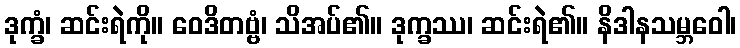
ဒုက္ခံ၊ ဆင်းရဲကို။ ဝေဒိတဗ္ဗံ၊ သိအပ်၏။ ဒုက္ခဿ၊ ဆင်းရဲ၏။ နိဒါနသမ္ဘဝေါ၊